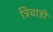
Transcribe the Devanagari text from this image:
त्रिवाडी